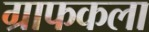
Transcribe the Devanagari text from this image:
ग्राफकला